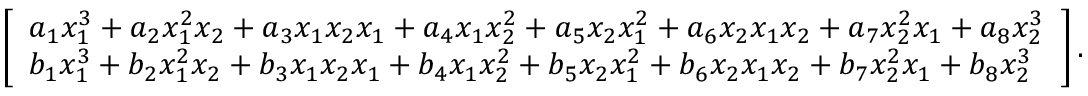
\left[ \begin{array} { l } { a _ { 1 } x _ { 1 } ^ { 3 } + a _ { 2 } x _ { 1 } ^ { 2 } x _ { 2 } + a _ { 3 } x _ { 1 } x _ { 2 } x _ { 1 } + a _ { 4 } x _ { 1 } x _ { 2 } ^ { 2 } + a _ { 5 } x _ { 2 } x _ { 1 } ^ { 2 } + a _ { 6 } x _ { 2 } x _ { 1 } x _ { 2 } + a _ { 7 } x _ { 2 } ^ { 2 } x _ { 1 } + a _ { 8 } x _ { 2 } ^ { 3 } } \\ { b _ { 1 } x _ { 1 } ^ { 3 } + b _ { 2 } x _ { 1 } ^ { 2 } x _ { 2 } + b _ { 3 } x _ { 1 } x _ { 2 } x _ { 1 } + b _ { 4 } x _ { 1 } x _ { 2 } ^ { 2 } + b _ { 5 } x _ { 2 } x _ { 1 } ^ { 2 } + b _ { 6 } x _ { 2 } x _ { 1 } x _ { 2 } + b _ { 7 } x _ { 2 } ^ { 2 } x _ { 1 } + b _ { 8 } x _ { 2 } ^ { 3 } } \end{array} \right] .